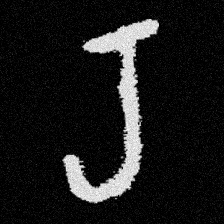
Pyu character \u2014 Myanmar letter: ရ (romanized: ra)